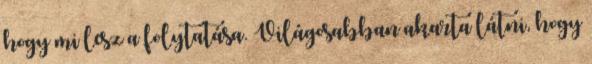
hogy mi lesz a folytatása. Világosabban akarta látni, hogy